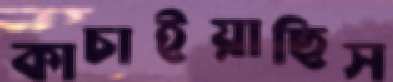
কাচাইয়াছিস